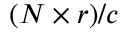
( N \times r ) / c